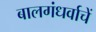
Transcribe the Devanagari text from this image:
बालगंधर्वाचें